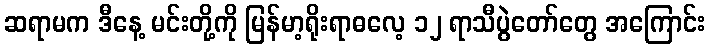
ဆရာမက ဒီနေ့ မင်းတို့ကို မြန်မာ့ရိုးရာဓလေ့ ၁၂ ရာသီပွဲတော်တွေ အကြောင်း